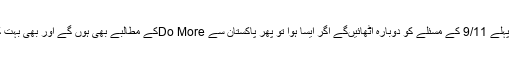
امریکی حکام تو یہ کہ رہے ہیں کہ .ٹرمپ سب سے پہلے 9/11 کے مسئلے کو دوبارہ اٹھائیںگے اگر ایسا ہوا تو پھر پاکستان سے Do Moreکے مطالبے بھی ہوں گے اور بھی بہت کچھ ہوگا میں اب اس کی تفصیل میں نہیں جانا چاہتا ۔